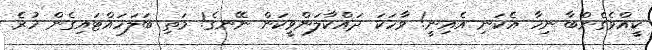
ކީއްވެގެންބާ ނިހާ އެކަނި އެއިނީ! ވާހަކަ ދައްކާލަންވީކަން ނޭނގެ! މަތި ބަލަހައްޓައިގެން ހުރެ